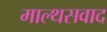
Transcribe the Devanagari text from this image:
माल्थसवाद